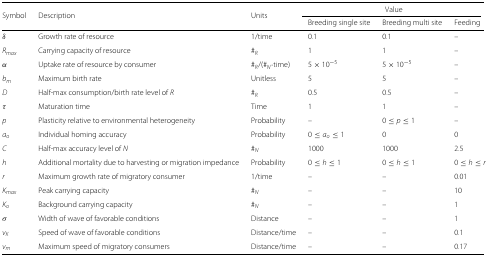
<table><thead><tr><td><b>Symbol</b></td><td><b>Description</b></td><td><b>Units</b></td><td colspan="3"><b>Value</b></td></tr><tr><td></td><td></td><td></td><td><b>Breeding single site</b></td><td><b>Breeding multi site</b></td><td><b>Feeding</b></td></tr></thead><tbody><tr><td><i>δ</i></td><td>Growth rate of resource</td><td>1/time</td><td>0.1</td><td>0.1</td><td>–</td></tr><tr><td><i>R</i><sub><i>max</i></sub></td><td>Carrying capacity of resource</td><td># <sub><i>R</i></sub></td><td>1</td><td>1</td><td>–</td></tr><tr><td><i>α</i></td><td>Uptake rate of resource by consumer</td><td># <sub><i>R</i></sub>/(# <sub><i>N</i></sub>·time)</td><td>5×10<sup>−5</sup></td><td>5×10<sup>−5</sup></td><td>–</td></tr><tr><td><i>b</i><sub><i>m</i></sub></td><td>Maximum birth rate</td><td>Unitless</td><td>5</td><td>5</td><td>–</td></tr><tr><td><i>D</i></td><td>Half-max consumption/birth rate level of <i>R</i></td><td># <sub><i>R</i></sub></td><td>0.5</td><td>0.5</td><td>–</td></tr><tr><td><i>τ</i></td><td>Maturation time</td><td>Time</td><td>1</td><td>1</td><td>–</td></tr><tr><td><i>p</i></td><td>Plasticity relative to environmental heterogeneity</td><td>Probability</td><td>–</td><td>0≤<i>p</i>≤1</td><td>–</td></tr><tr><td><i>a</i><sub><i>o</i></sub></td><td>Individual homing accuracy</td><td>Probability</td><td>0≤<i>a</i><sub><i>o</i></sub>≤1</td><td>0</td><td>0</td></tr><tr><td><i>C</i></td><td>Half-max accuracy level of <i>N</i></td><td># <sub><i>N</i></sub></td><td>1000</td><td>1000</td><td>2.5</td></tr><tr><td><i>h</i></td><td>Additional mortality due to harvesting or migration impedance</td><td>Probability</td><td>0≤<i>h</i>≤1</td><td>0≤<i>h</i>≤1</td><td>0≤<i>h</i>≤<i>r</i></td></tr><tr><td><i>r</i></td><td>Maximum growth rate of migratory consumer</td><td>1/time</td><td>–</td><td>–</td><td>0.01</td></tr><tr><td><i>K</i><sub><i>max</i></sub></td><td>Peak carrying capacity</td><td># <sub><i>N</i></sub></td><td>–</td><td>–</td><td>10</td></tr><tr><td><i>K</i><sub><i>o</i></sub></td><td>Background carrying capacity</td><td># <sub><i>N</i></sub></td><td>–</td><td>–</td><td>1</td></tr><tr><td><i>σ</i></td><td>Width of wave of favorable conditions</td><td>Distance</td><td>–</td><td>–</td><td>1</td></tr><tr><td><i>v</i><sub><i>K</i></sub></td><td>Speed of wave of favorable conditions</td><td>Distance/time</td><td>–</td><td>–</td><td>0.1</td></tr><tr><td><i>v</i><sub><i>m</i></sub></td><td>Maximum speed of migratory consumers</td><td>Distance/time</td><td>–</td><td>–</td><td>0.17</td></tr></tbody></table>